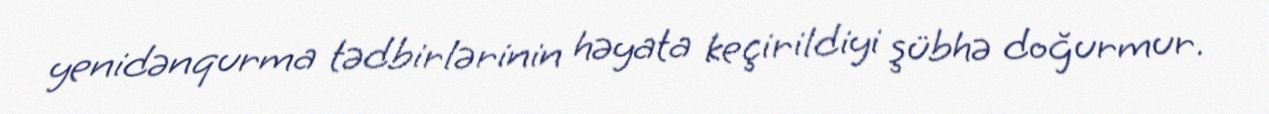
yenidənqurma tədbirlərinin həyata keçirildiyi şübhə doğurmur.